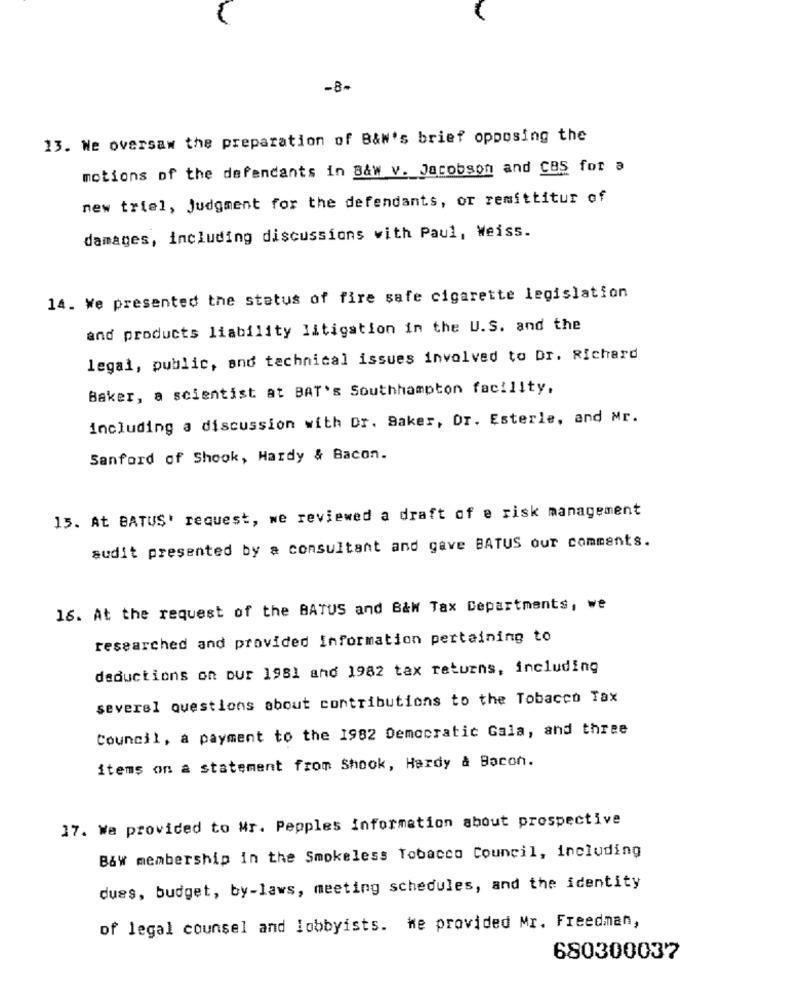
-8-
13. We oversaw the preparation of B&w's brief opposing the
motions of the defendants in B&w v. Jacobson and CBS for a
new triel, judgment for the defendants, or remittitur of
damages, including discussions with Paul, Weiss.
14. We presented the status of fire safe cigarette legislation
and products liability litigation in the U.S. and the
legal, public, and technical issues involved to Dr. Richard
Baker, a scientist at BAT's Southhampton facility,
including a discussion with Dr. Saker, Dr. Esterle, and Mr.
Sanford of Shook, Hardy & Bacon.
15. At BATUS' request, we reviewed a draft of e risk management
audit presented by a consultant and gave BATUS our comments.
16. At the request of the BATUS and B&W Tax Departments, we
researched and provided Information pertaining to
deductions on our 1981 and 1982 tax returns, including
several questions about contributions to the Tobacco Tax
Council, a payment to the 1982 Democratic Gala, and three
items on a statement from Shook, Hardy & Bacon.
17. Wa provided to Mr. Pepples information about prospective
B&w membership in the Smokeless Tobacco Council, including
dues, budget, by-laws, meeting schedules, and the identity
of legal counsel and lobbyists. he provided Mr. Freedman,
680300037